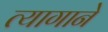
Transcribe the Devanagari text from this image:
त्यागाने